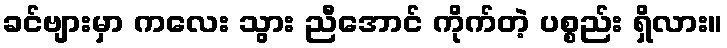
ခင်ဗျားမှာ ကလေး သွား ညီအောင် ကိုက်တဲ့ ပစ္စည်း ရှိလား။